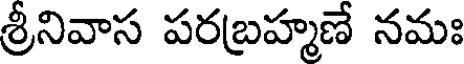
శ్రీనివాస పరబ్రహ్మణే నమః